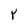
Character: Y